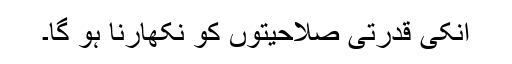
اُنکی قدرتی صلاحیتوں کو نکھارنا ہو گا۔